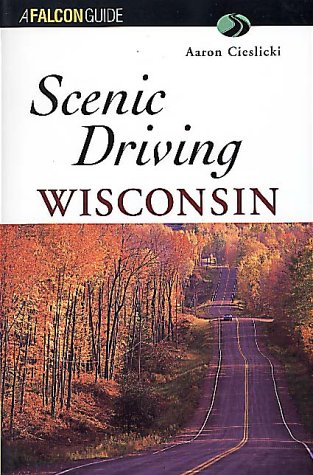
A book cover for Scenic Driving Wisconsin (Scenic Driving Series); Aaron Cieslicki; Travel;